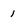
Character: 1